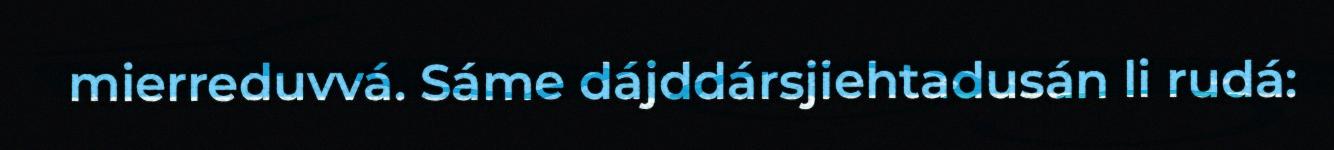
mierreduvvá. Sáme dájddársjiehtadusán li rudá: